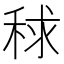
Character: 𥟇